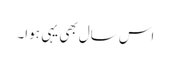
اس سال بھی یہی ہوا۔